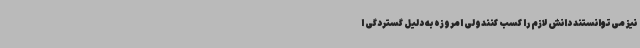
نیز می‌توانستند دانش لازم را کسب کنندولی امروزه به دلیل گستردگی ا